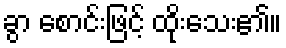
ခွာ စောင်းဖြင့် ထိုးသေး၏။